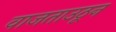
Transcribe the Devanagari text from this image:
वाजताउठून